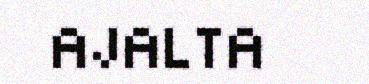
AJALTA